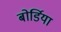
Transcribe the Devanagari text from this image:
बोर्डिया